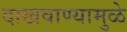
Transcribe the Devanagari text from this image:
दाखवाण्यामुळे